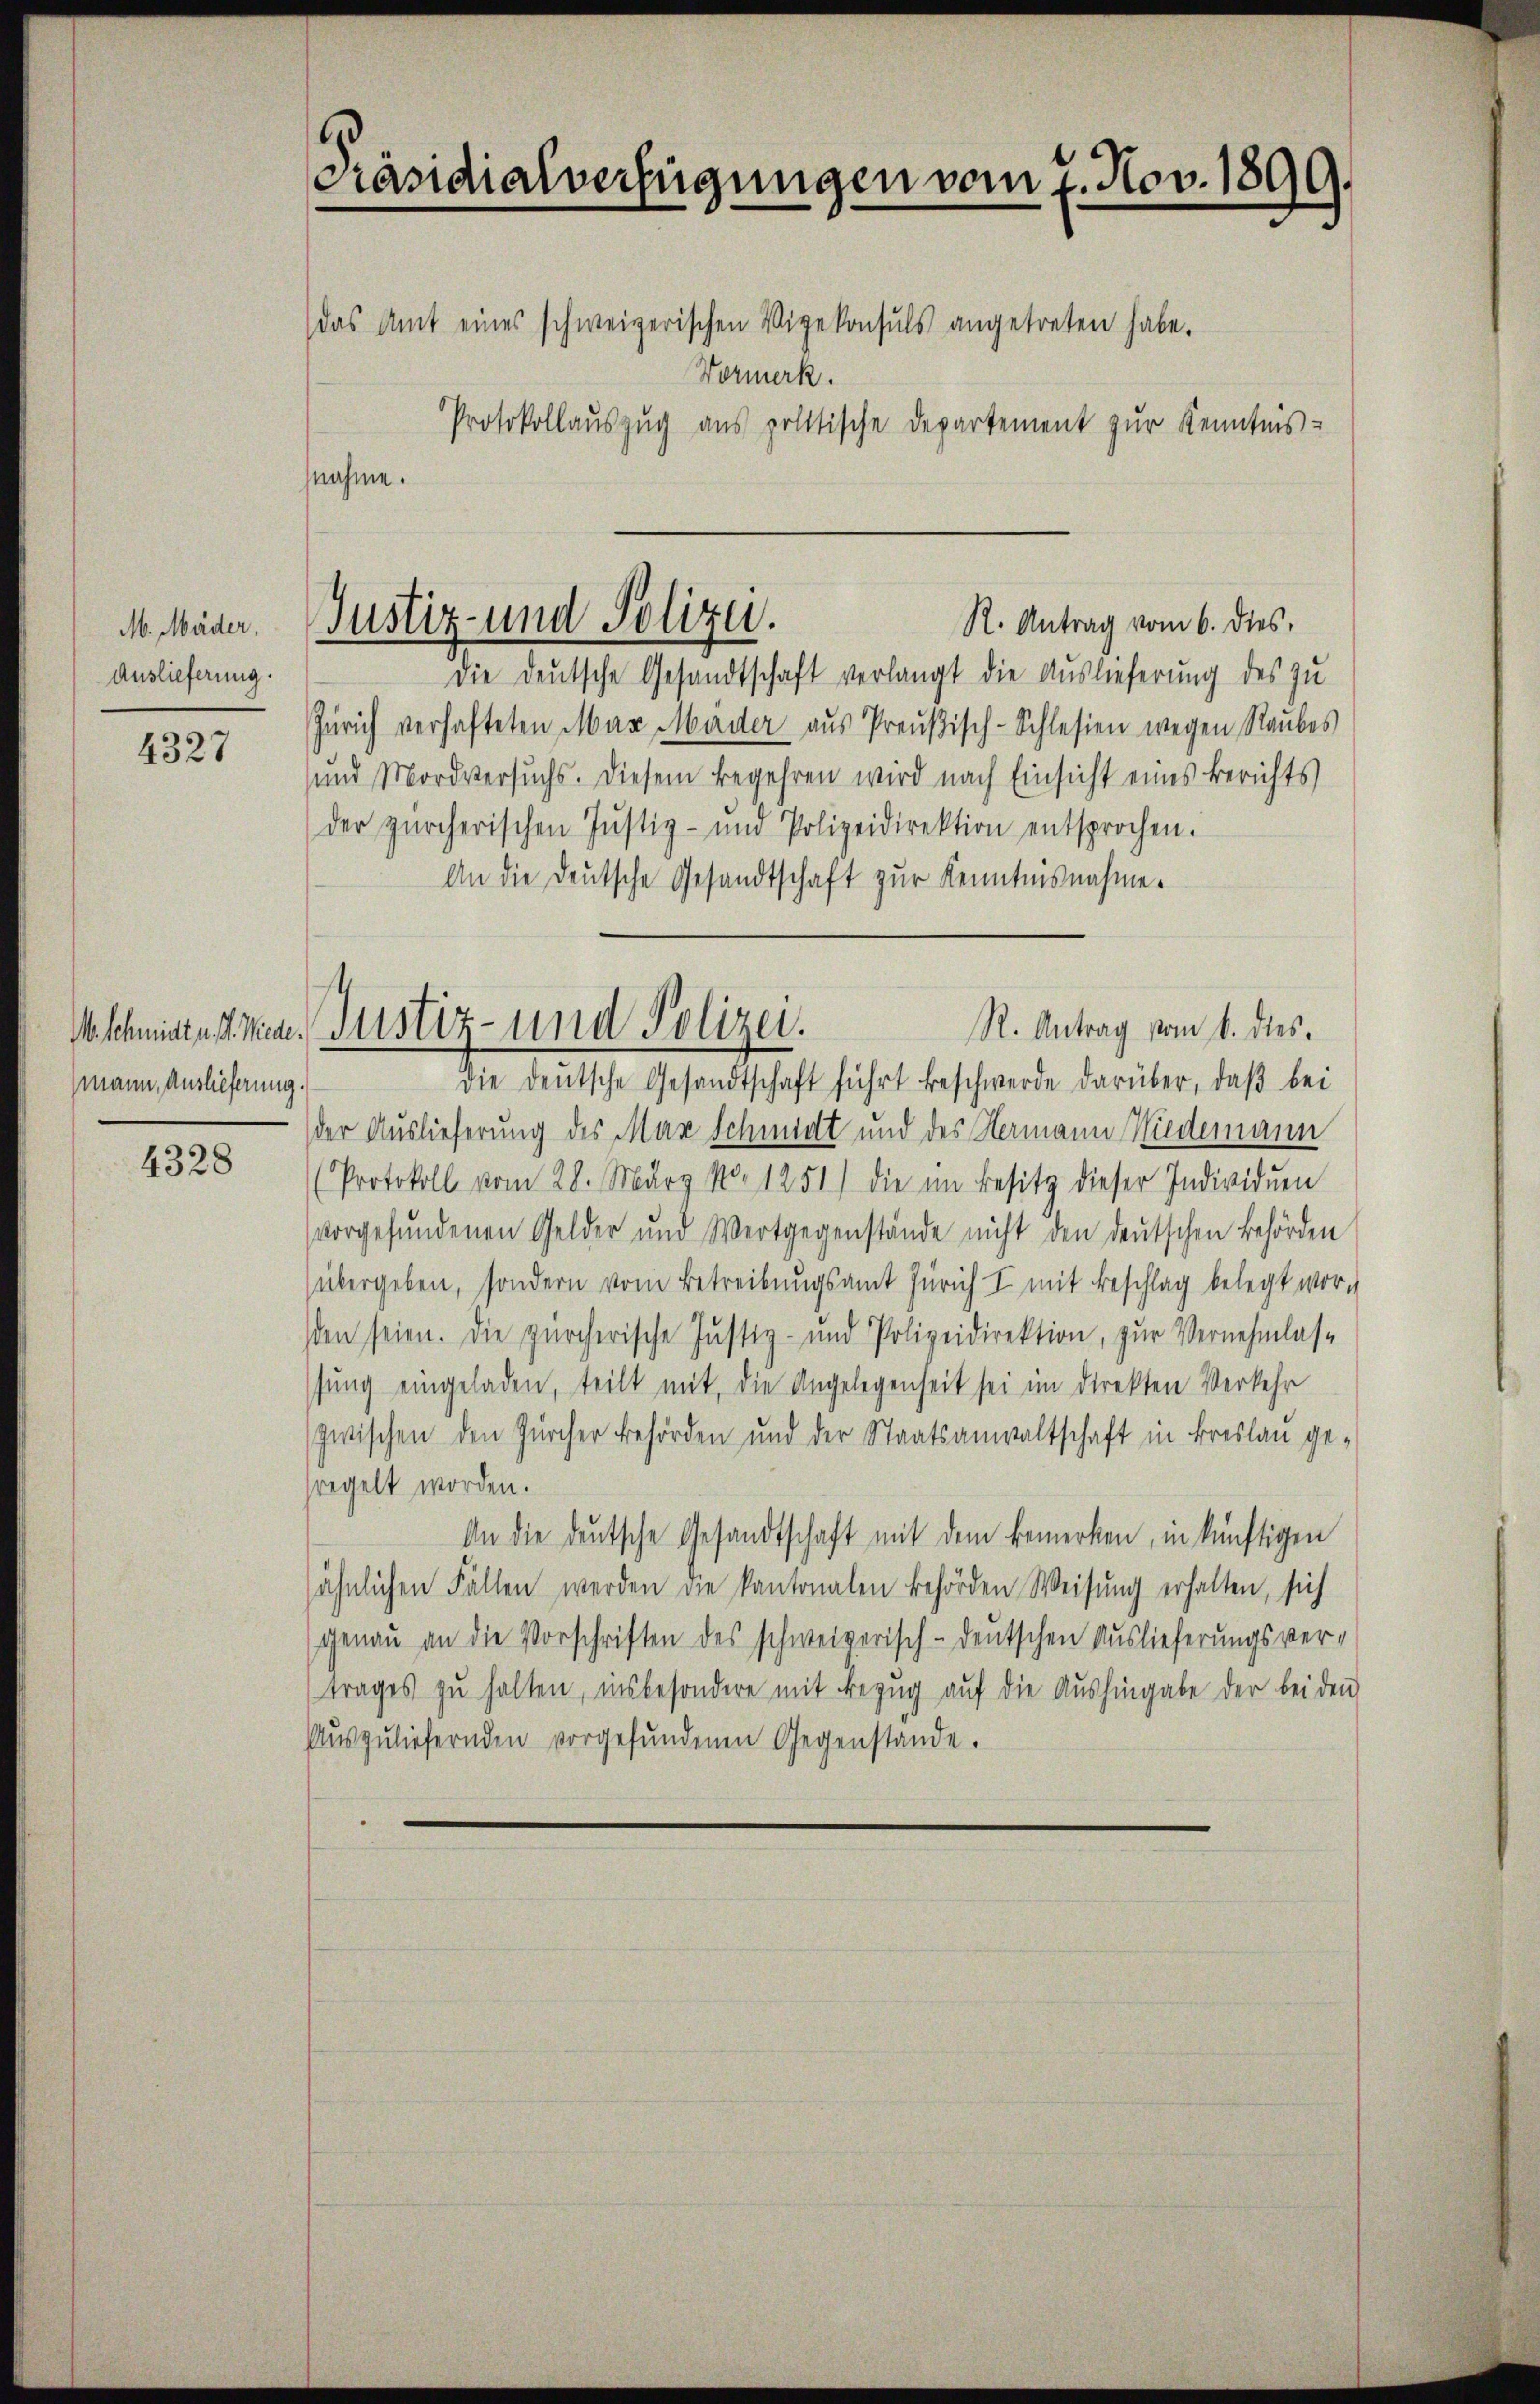
M. Mäder.
Auslieferung.

4327

mann, Auslieferung.

4328

Präsidialverfügungen vom 7. Nov. 1899.

das Amt eines schweizerischen Vizekonsuls angetreten habe.
Vormerk.
Protokollauszug aus politische Departement zur Kenntnis-
snahme.

Justiz- und Polizei.
R. Antrag vom 6. dies

M. Schmittert mine Justiz- und Polizei.

die deutsche Gesandtschaft verlangt die Auslieferung des zu
Zürich verhafteten Max Mader aus Preußisch-Schlesien wegen Raubes
und Mordversuchs. Diesem Begehren wird nach Einsicht eines Berichts
der zürcherischen Jŭstiz- und Polizeidirektion entsprochen.
An die deutsche Gesandtschaft zur Kenntnisnahme.
R. Antrag vom 1. dies
die deutsche Gesandtschaft führt beschwerde darüber, daβ bei
der Auslieferung des Max Schmidt und des Hermann Niedemann
(Protokoll vom 28. März No. 1251) die im Besitz dieser Individuen
vorgefundenen Gelder und Wertgegenstände nicht den deutschen Behörden
übergeben, sondern vom Betreibungsamt Zürich I mit Beschlag belegt worden seien. Die zürcherische Justiz- und Polizeidirektion, zur Vernehmlas-
fung eingeladen, teilt mit, die Angelegenheit sei im Direkten Verkehr
zwischen den Zürcher Behörden und der Staatsanwaltschaft in Breslau gesregelt worden.
An die deutsche Gesandtschaft mit dem bemerken, in künftigen
ähnlichen Fällen werden die kantonalen Behörden Weisung erhalten, sich
genau an die Vorschriften des schweizerisch-deutschen Auslieferungsver-
trages zu halten, insbesondere mit Bezŭg aŭf die Aŭshingabe der bei den
Aŭszŭliefernden vorgefŭndenen Gegenstände.